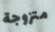
متزوجة